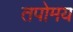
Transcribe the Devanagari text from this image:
तपोमय